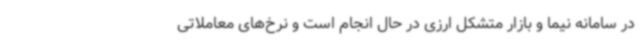
در سامانه نیما و بازار متشکل ارزی در حال انجام است و نرخ‌های معاملاتی